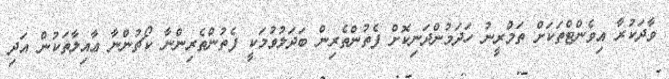
ވާދަކުރާ އިވެންޓްތަކަށް ތަމްރީނު ހަދަމުންދަނިކޮށް ފެތުންތެރިން ބަދަލުވުމަކީ ފެތުންތެރިންނާ ކޯޗުންނާ ޢާއިލާތަކުން އަދި